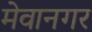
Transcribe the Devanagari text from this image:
मेवानगर